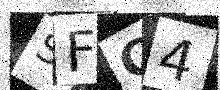
Text: SFC4